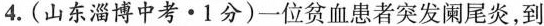
4.(山东淄博中考·1分)一位贫血患者突发阑尾炎，到